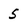
Character: 5